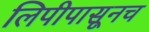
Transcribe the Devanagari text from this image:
लिपीपासूनच